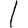
Digit: 1